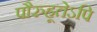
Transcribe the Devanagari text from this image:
पौरुहूतेऽपि